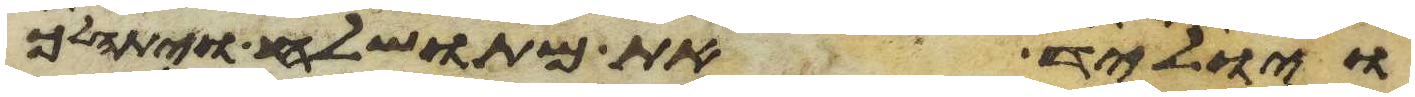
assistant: ויוליד את מתושלח ויתהלך